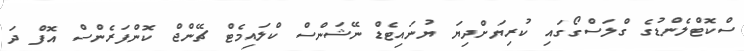
ސްކޮޓްލެންޑުގެ ގްލަސްގޯގައި ކުރިޔަށްދިޔަ ޔުނައިޓެޑް ނޭޝަންސް ކްލައިމެޓް ޗޭންޖް ކޮންފަރެންސް އޮފް ދަ